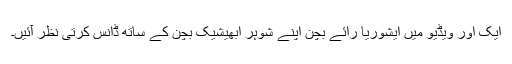
ایک اور ویڈیو میں ایشوریا رائے بچن اپنے شوہر ابھیشیک بچن کے ساتھ ڈانس کرتی نظر آئیں۔